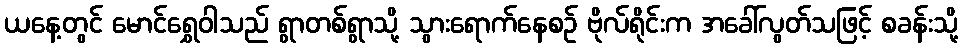
ယနေ့တွင် မောင်ရွှေဝါသည် ရွာတစ်ရွာသို့ သွားရောက်နေစဉ် ဗိုလ်ရိုင်းက အခေါ်လွတ်သဖြင့် စခန်းသို့